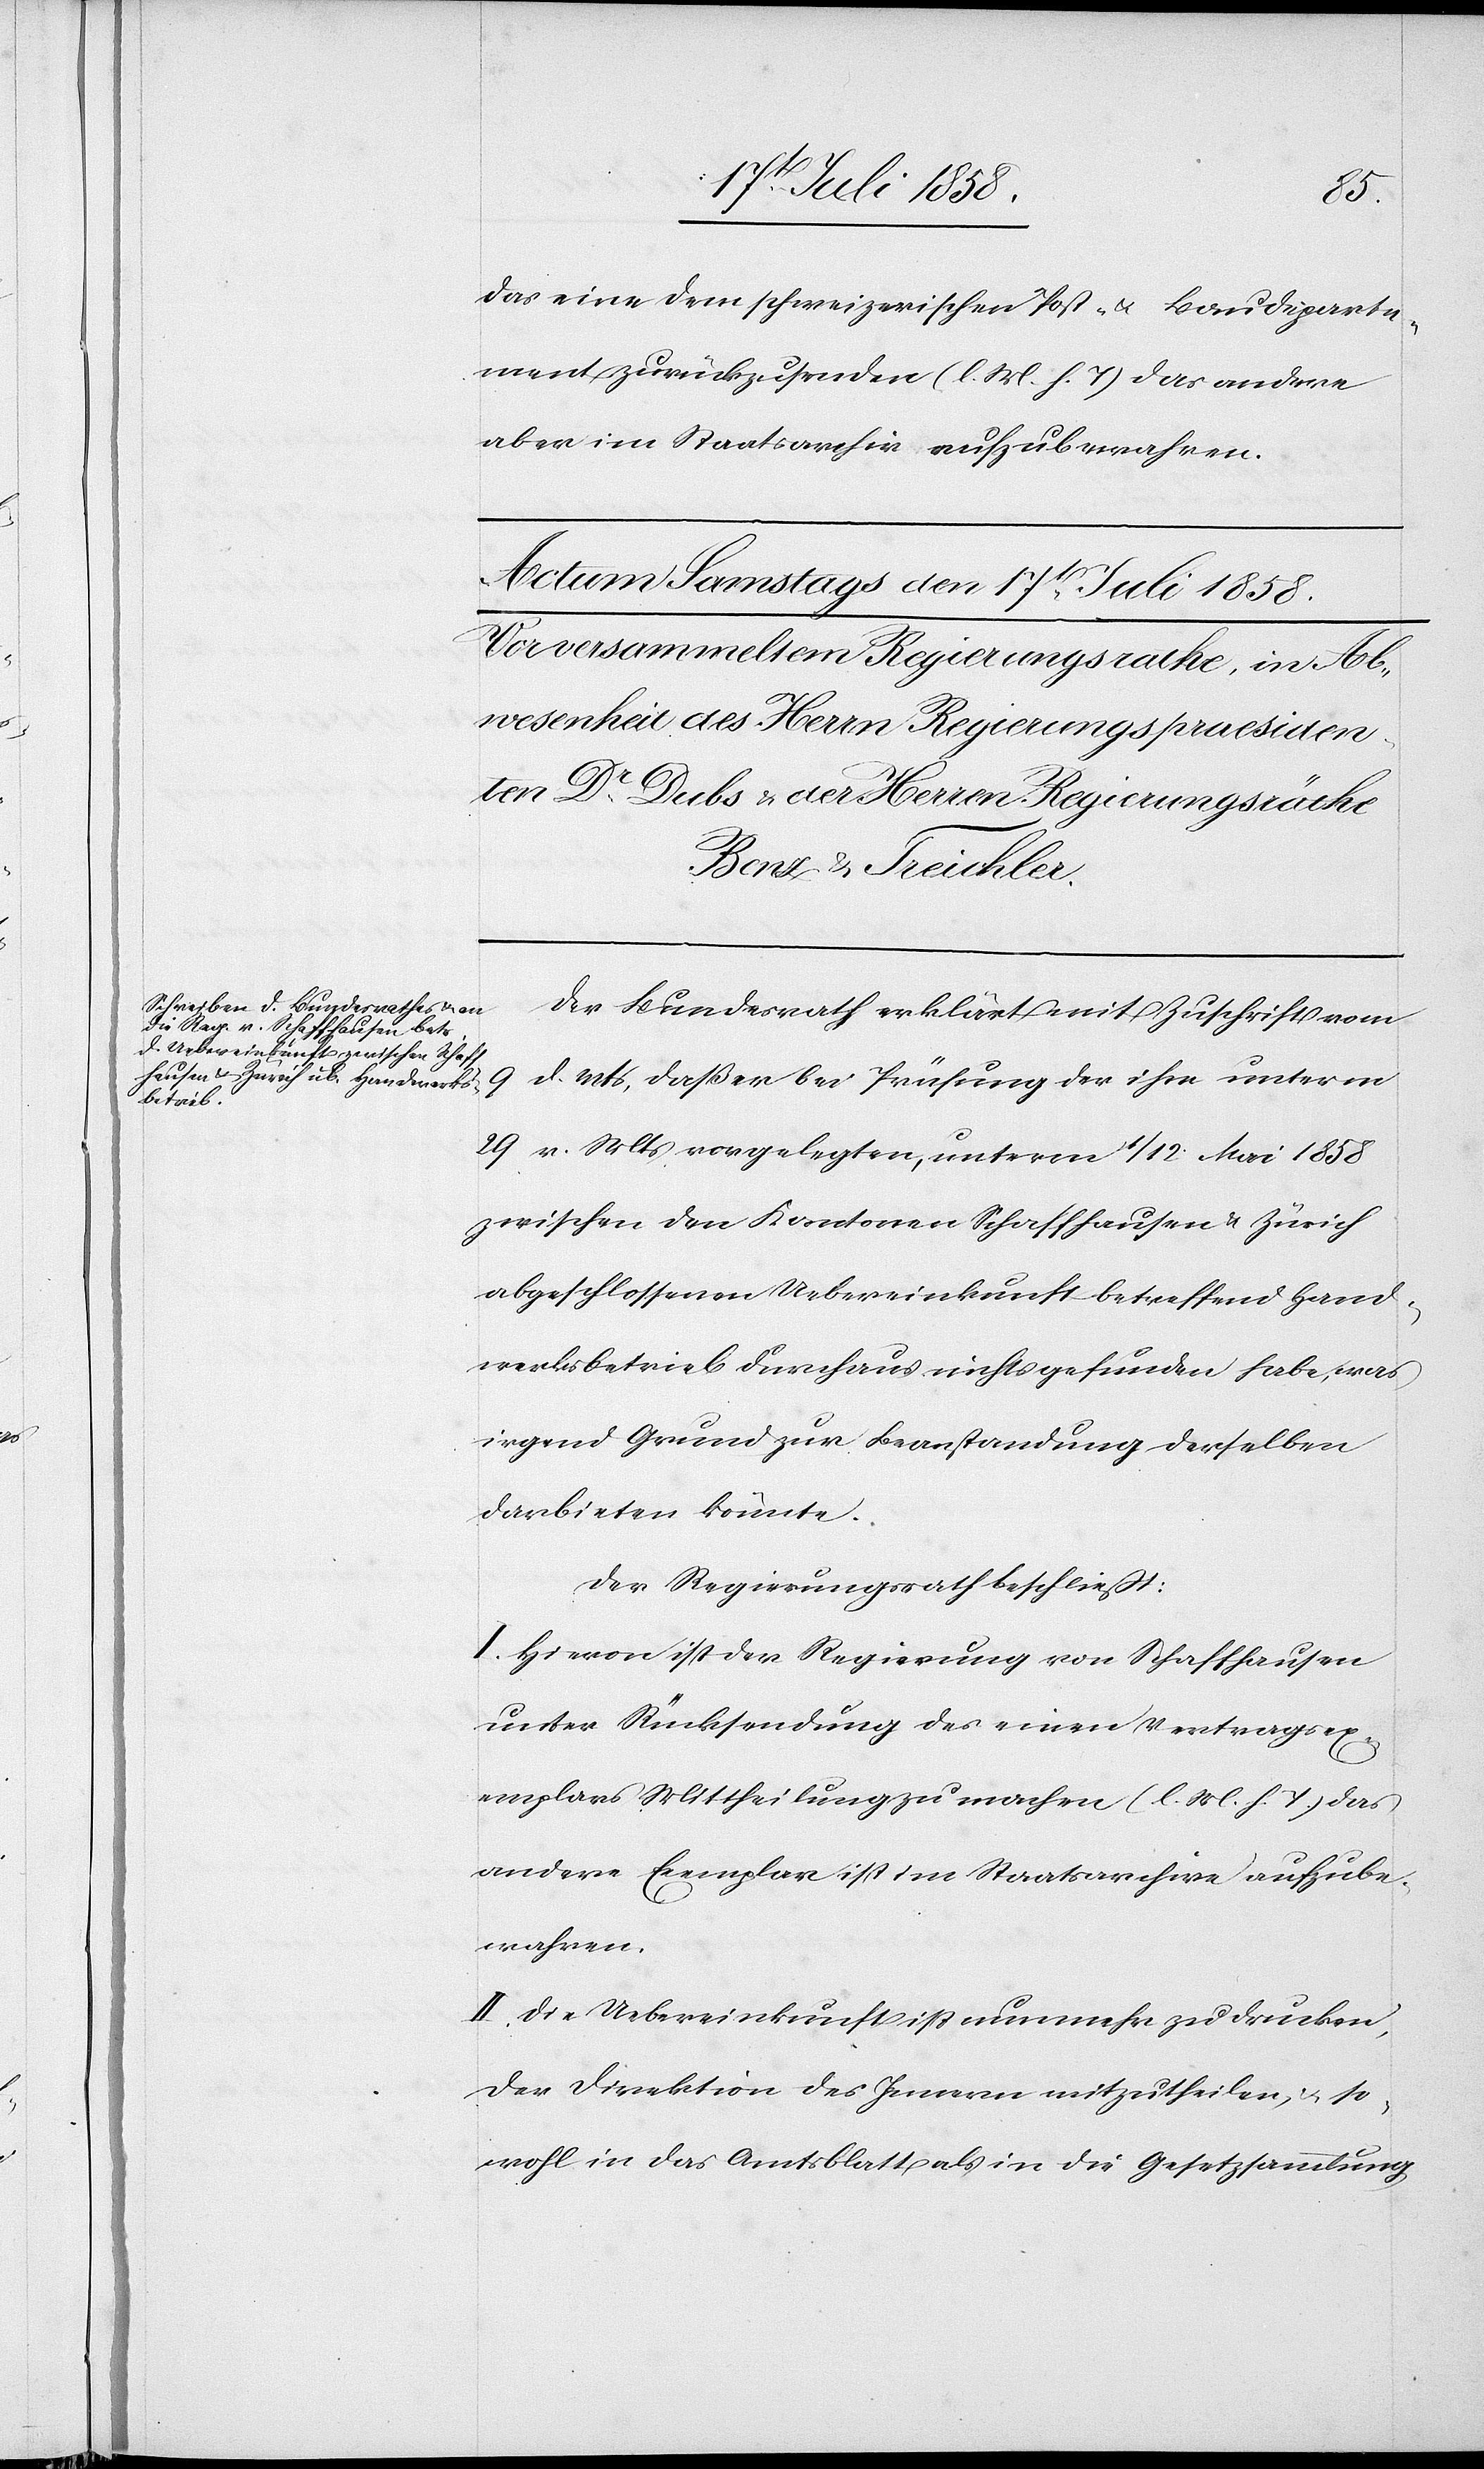
das eine dem schweizerischen Post- & Baudeparte¬
ment zurückzusenden (l. M. h. T) das andere
aber im Staatsarchiv aufzubewahren.
Der Bundesrath erklärt mit Zuschrift vom
9
d. Mts, daß er bei Prüfung der ihm unterm
29 v. Mts vorgelegten, unterm 1 / 12 Mai 1858
zwischen den Kantonen Schaffhausen & Zürich
abgeschlossenen Uebereinkunft betreffend Hand¬
werksbetrieb durchaus nichts gefunden habe, was
irgend Grund zur Beanstandung derselben
darbieten könnte.
Der Regierungsrath beschließt:
I. Hievon ist der Regierung von Schaffhausen
unter Rücksendung des einen Vertragsex¬
emplars Mittheilung zu machen (l. M. h. T.) das
andere Exemplar ist im Staatsarchive aufzube¬
wahren.
II. Die Uebereinkunft ist nunmehr zu drucken,
der Direktion des Innern mitzutheilen, & so¬
wohl in das Amtsblatt als in die Gesetzsammlung